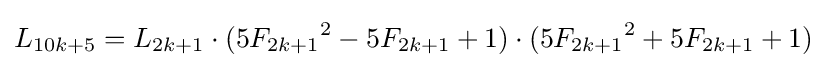
L_{10k+5}=L_{2k+1}\cdot (5{F_{2k+1}}^{2}-5F_{2k+1}+1)\cdot (5{F_{2k+1}}^{2}+5F_{2k+1}+1)